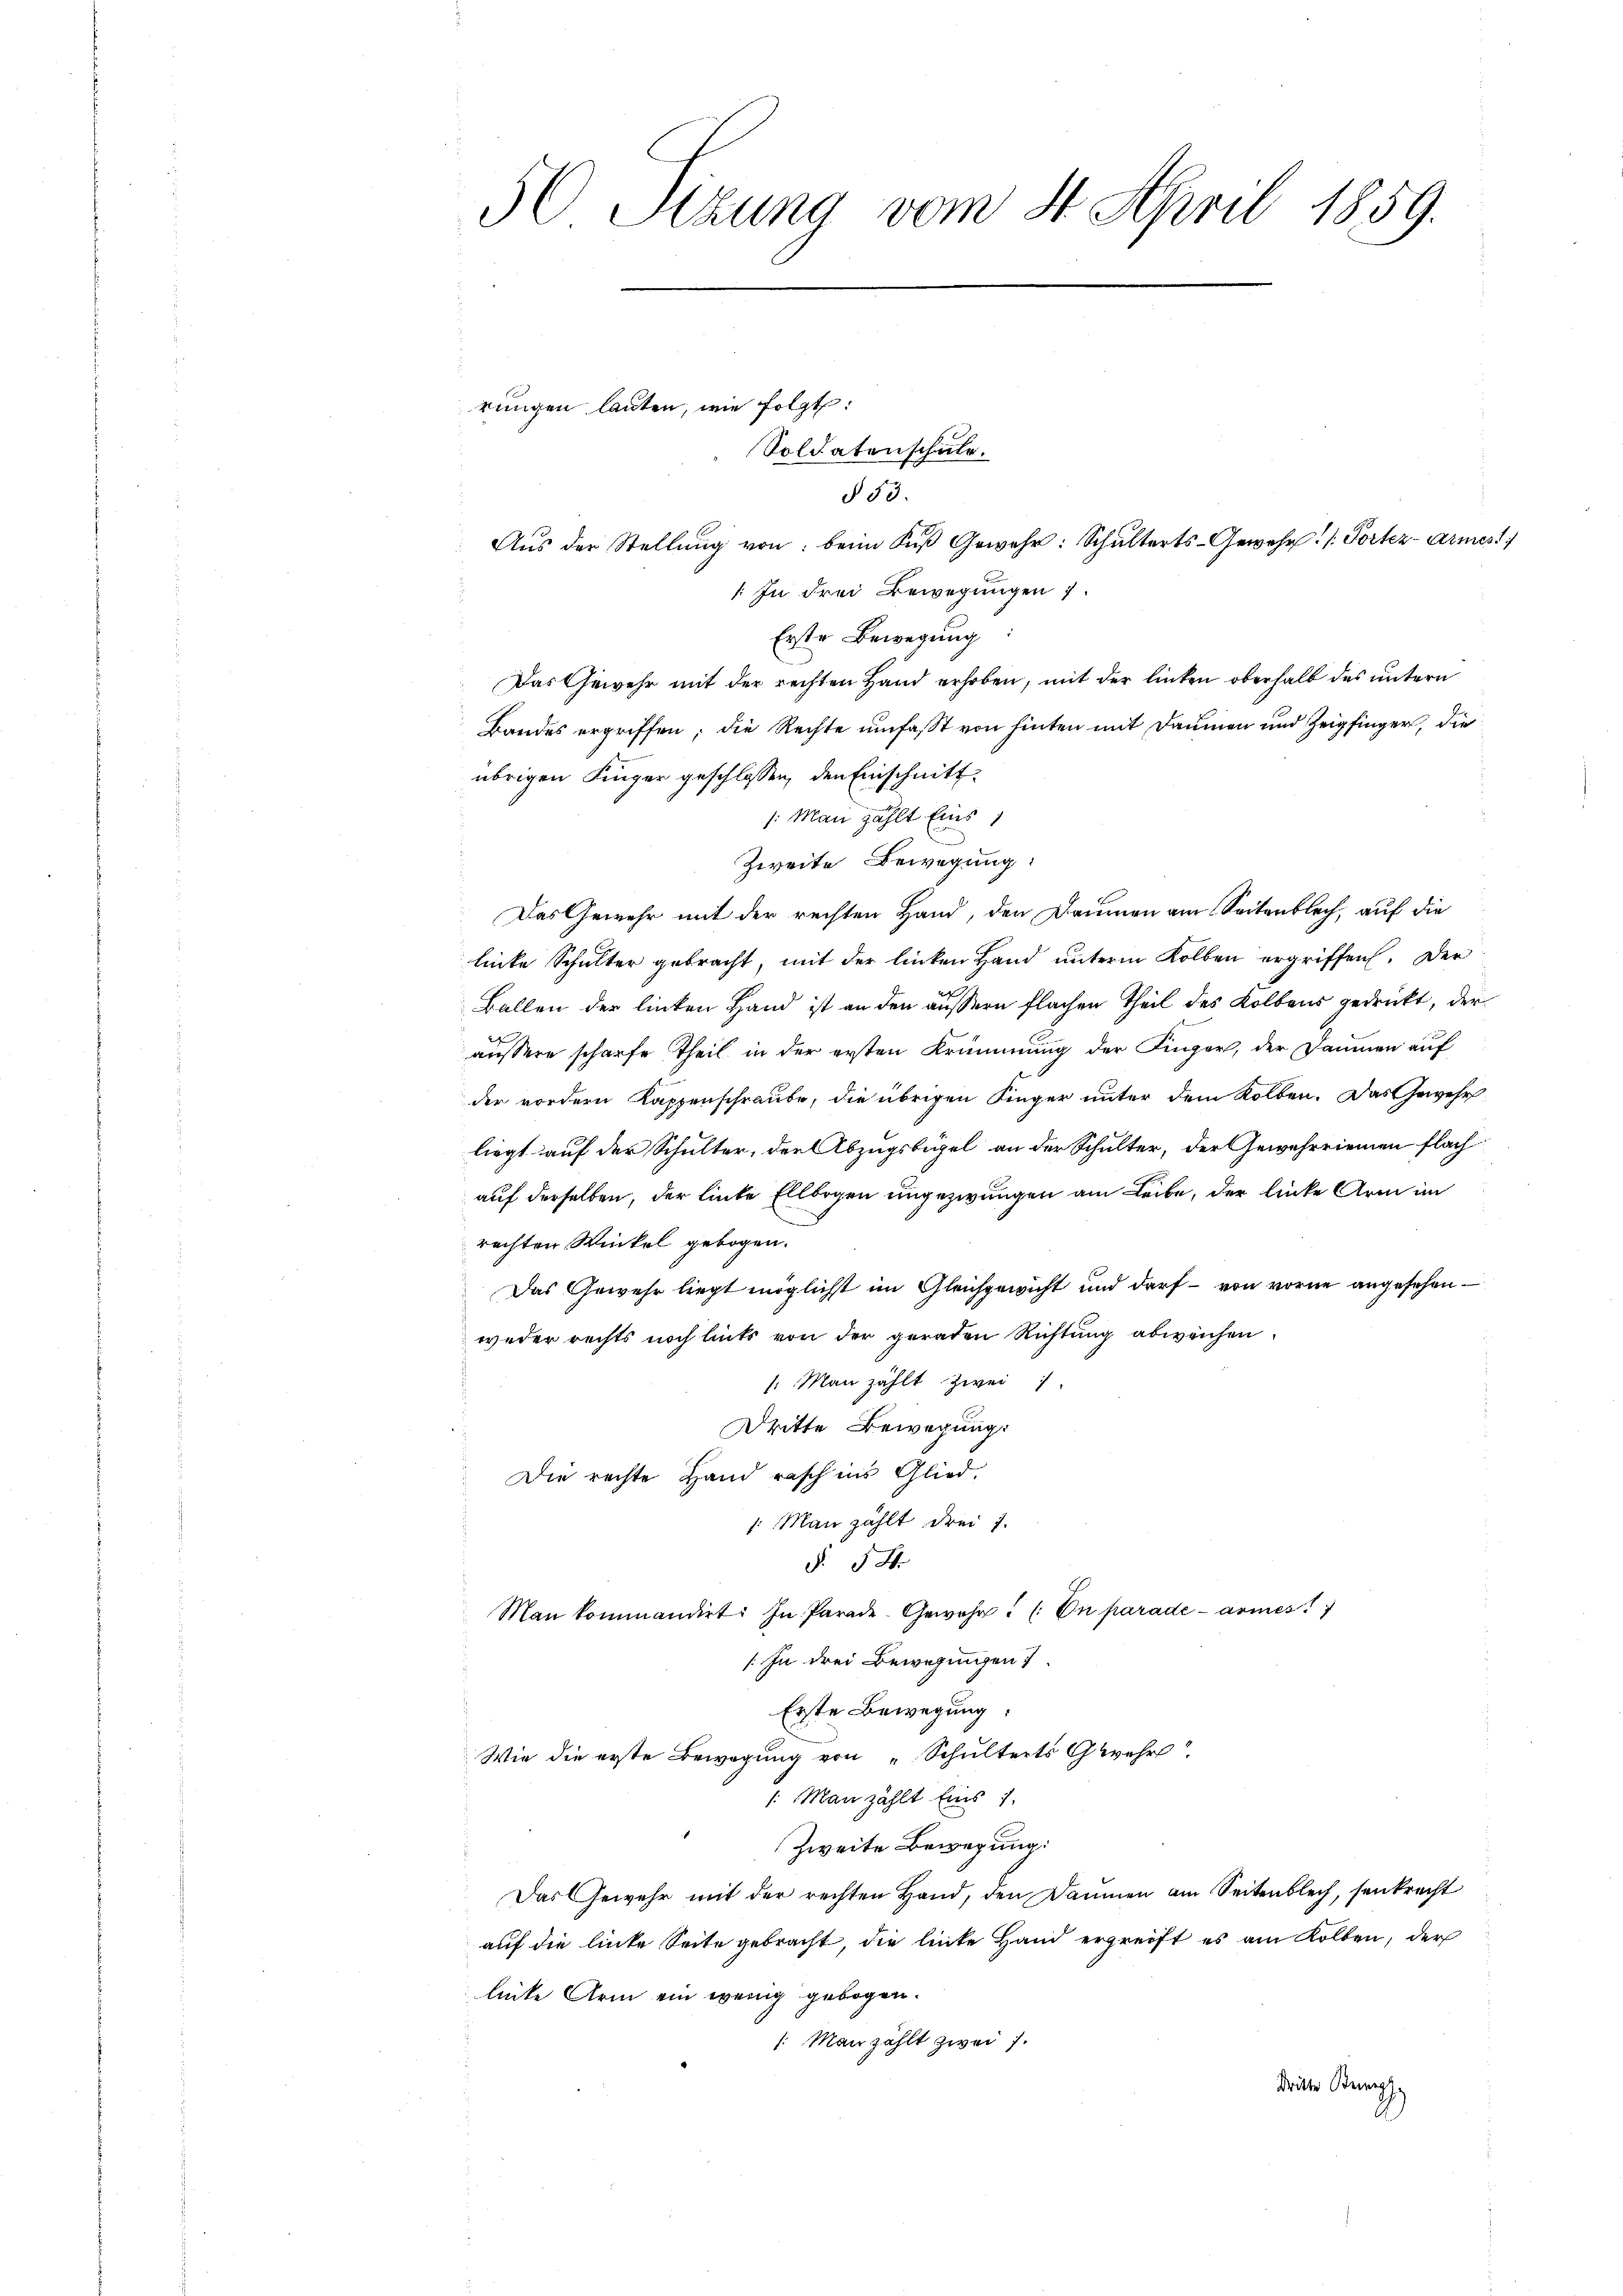
50 Sizung vom 4. April 1859.

rungen lauten, wie folgt:

§ 53.
Aus der Stellung von beim Fuß Gewehr: Schulterts-Gewehr  /: Portez-Armest
: In drei Bewegungen
Erste Bewegung
Das Gewehr mit der rechten Hand erhoben, mit der linken oberhalb des untern
Bandes ergriffen; die Rechte umfasst von hinten mit Daumen und Zeigfinger, die
übrigen Finger geschlossen, den Einschnitt
/: Man zählt Eins 1
Zweite Bewegung:
Das Gewehr mit der rechten Hand, den Baumen am Seitenblech, auf die
linke Schulter gebracht, mit der linken Hand unterm Kolben ergriffen. Der
Ballen der linken Hand ist an den äussern Flachen Theil des Kollens gedrückt, der
äussere scharfe Theil in der ersten Krümmung der Finger, der Daumen auf
der vordern Kappenschraube, die übrigen Kinger unter dem Kollen. Das Gewehr
liegt auf der Schulter, der Abzugsbügel an der Schulter, der Gewehrriemen flach
auf derselben, der linke Ellbogen ungezwungen am Leibe, der linke Arm im
rechten Winkel gebogen.
Das Gewehr liegt möglicht im Gleichgewicht und darf – von vorne angesehenweder rechts noch lits von der geraden Richtung abweichen.
: Man zählt zwei
Dritte Bewegung:
Die rechte Hand rasch ins Glied
1 Man zählt drei 7.
§ 54.
Man kommandirt: In Parade-Gewahr. (Du parade armes
/ In drei Bewegungen
Erste Bewegung:
Wie die erste Bewegung von „Schulterts Gwehr
.Man zählt Eins 1.
Zweite Bewegung:
Das Gewehr mit der rechten Hand, den Dämmen am Seitenblech, senkrecht
auf die linke Seite gebracht, die linke Hand ergreift es am Kollen, der
linke Arm ein wenig gebogen.
: Man zählt zwei 7.
Dritte Bring

Soldatenschule.